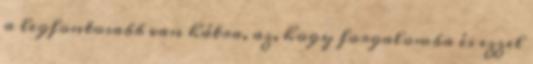
a legfontosabb van hátra, az, hogy forgalomba és ezzel